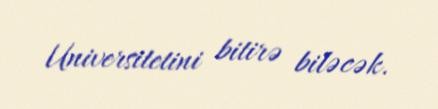
Universitetini bitirə biləcək.